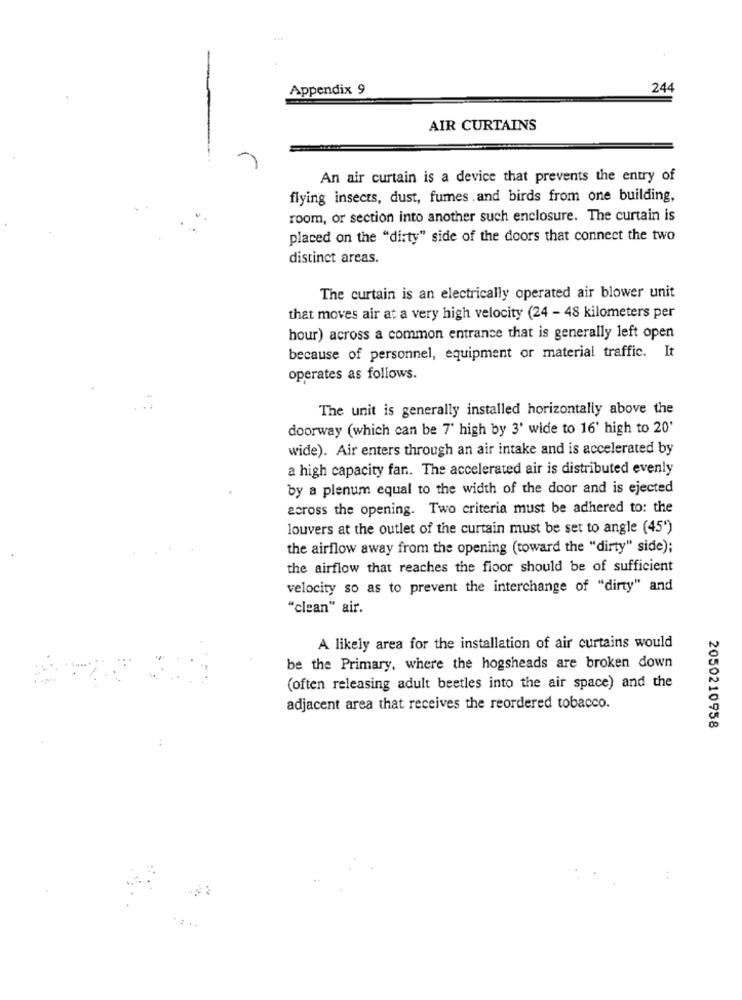
Appendix 9
244
AIR CURTAINS
An air curtain is a device that prevents the entry of
flying insects, dust, fumes and birds from one building,
room, or section into another such enclosure. The curtain is
placed on the "dirty" side of the doors that connect the two
distinct areas.
The curtain is an electrically operated air blower unit
that moves air at a very high velocity (24 - 48 kilometers per
hour) across a common entrance that is generally left open
because of personnel, equipment or material traffic. It
operates as follows.
The unit is generally installed horizontally above the
doorway (which can be 7' high by 3' wide to 16' high to 20'
wide). Air enters through an air intake and is accelerated by
a high capacity fan. The accelerated air is distributed evenly
by a plenum equal to the width of the door and is ejected
across the opening. Two criteria must be adhered to: the
louvers at the outlet of the curtain must be set to angle (45')
the airflow away from the opening (toward the "dirty" side);
the airflow that reaches the floor should be of sufficient
velocity so as to prevent the interchange of "dirty" and
"clean" air.
A likely area for the installation of air curtains would
be the Primary, where the hogsheads are broken down
(often releasing adult beetles into the air space) and the
adjacent area that receives the reordered tobacco.
2050210958